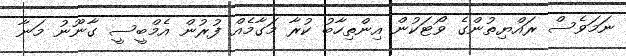
ނަމަވެސް ރައްޔިތުންގެ ވޯޓަކުން އިންތިހާބު ކުރާ މަގާމެއް ފުރުން އެމްބީސީ ގާނޫނު މަނާ